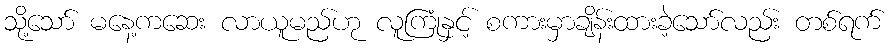
သို့သော် မနေ့ကဆေး လာယူမည်ဟု လူကြုံနှင့် စကားမှာချိန်းထားခဲ့သော်လည်း တစ်ရက်